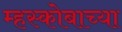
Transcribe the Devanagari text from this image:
म्हस्कोबाच्या